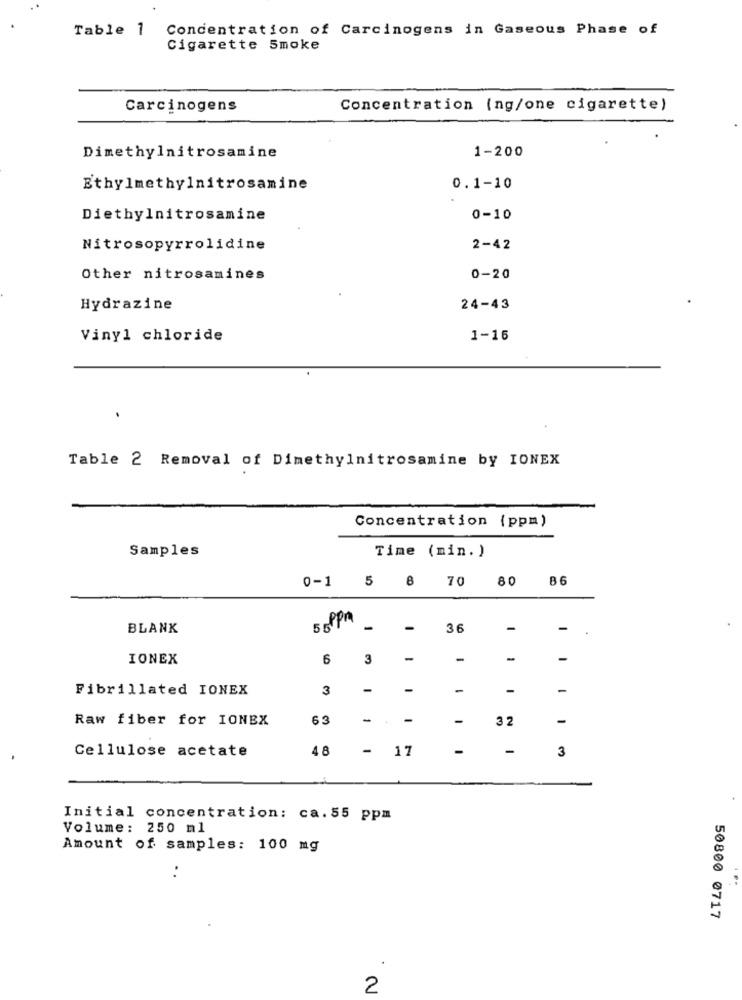
Table 1
Concentration of Carcinogens in Gaseous Phase of
Cigarette Smoke
Carcinogens
Concentration (ng/one cigarette)
Dimethylnitrosamine
1-200
Ethylmethylnitrosamine
0.1-10
Diethylnitrosamine
0-10
Nitrosopyrrolidine
2-42
Other nitrosamines
0-20
Hydrazine
24-43
Vinyl chloride
1-16
.
Table 2 Removal of Dimethylnitrosamine by IONEX
Concentration (ppm)
Samples
Time (min. )
70
80 86
0-1 5 8
5 ppm
BLANK
1
36
-
-
IONEX
6
3
-
-
-
Fibrillated IONEX
3
-
-
-
Raw fiber for IONEX
63
-
-
32
-
Cellulose acetate
48
- 17
-
3
Initial concentration: ca.55 ppm
Volume: 250 ml
Amount of samples: 100 mg
..
50800 0717
2